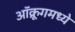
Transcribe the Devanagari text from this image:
ऑक्रूगमध्ये